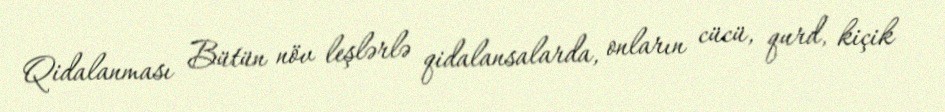
Qidalanması Bütün növ leşlərlə qidalansalarda, onların cücü, qurd, kiçik